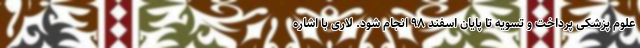
علوم پزشکی پرداخت و تسویه تا پایان اسفند ۹۸ انجام شود. لاری با اشاره